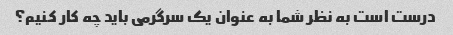
درست است به نظر شما به عنوان یک سرگرمی باید چه کار کنیم؟